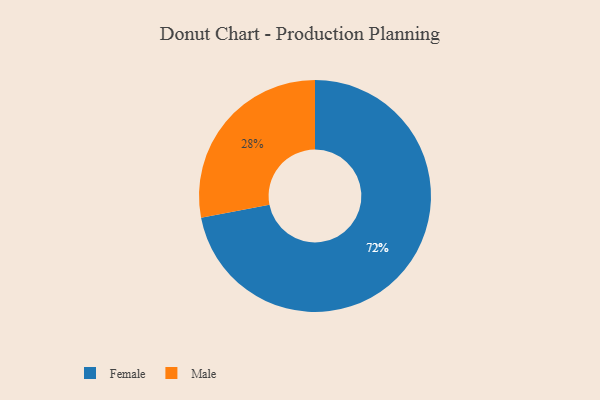
{"axis": {"x": "Category", "y": "Percentage"}, "legend": ["Female", "Male"], "data": [{"x": "Male", "y": 28, "type": "Male"}, {"x": "Female", "y": 72, "type": "Female"}]}